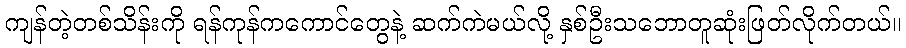
ကျန်တဲ့တစ်သိန်းကို ရန်ကုန်ကကောင်တွေနဲ့ ဆက်ကဲမယ်လို့ နှစ်ဦးသဘောတူဆုံးဖြတ်လိုက်တယ်။